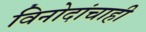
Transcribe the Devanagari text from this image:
विनोदांचाही